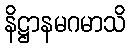
နိဋ္ဌာနမဂမာသိ